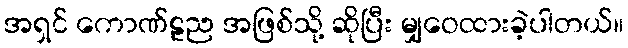
အရှင် ကောဏ်ဠည အဖြစ်သို့ ဆိုပြီး မျှဝေထားခဲ့ပါတယ်။